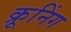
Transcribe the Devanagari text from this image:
क्रूनिंग